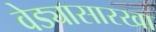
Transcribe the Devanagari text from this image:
वेड्यासारखा